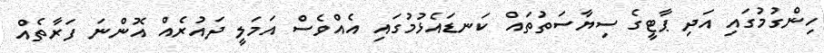
ހިންގުމުގައި އަދި ޕާޓީގެ ސިޔާސަތުތައް ކަނޑައެޅުމުގައި އެއްވެސް އަމަލީ ދައުރެއް އޮންނަ ފަރާތެއް